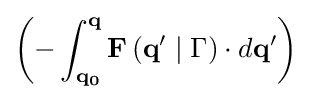
\left(-\int _{\mathbf {q_{0}} }^{\mathbf {q} }\mathbf {F} \left(\mathbf {q'} \mid \Gamma \right)\cdot d\mathbf {q'} \right)